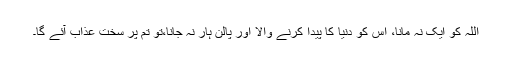
اللہ کو ایک نہ مانا، اس کو دنیا کا پیدا کرنے والا اور پالن ہار نہ جانا،تو تم پر سخت عذاب آئے گا۔